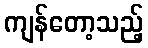
ကျန်တော့သည့်